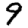
Digit: 9